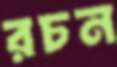
রচন